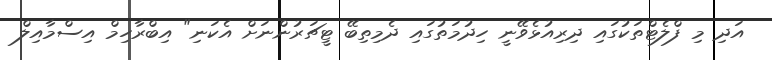
އަދި މި ފްލެޓްތަކުގައި ދިރިއުޅެވޭނީ ހިދުމަތުގައި ދެމިތިބޭ ޓީޗަރުންނަށް އެކަނި" އިބްރާހިމް އިސްމާއިލް